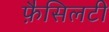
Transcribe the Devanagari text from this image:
फ़ैसिलटी